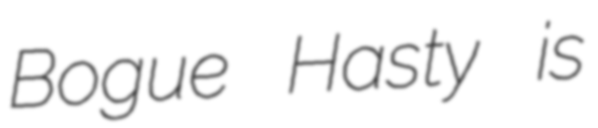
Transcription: Bogue Hasty is